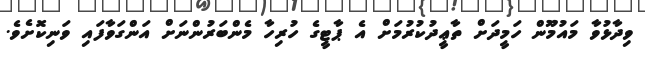
ވިދާޅުވާ މައުމޫން ހަމީދަށް ތާޢީދުކުރުމަށް އެ ޕާޓީގެ ހުރިހާ މެންބަރުންނަށް އަންގަވާފައި ވަނިކޮށެވެ.